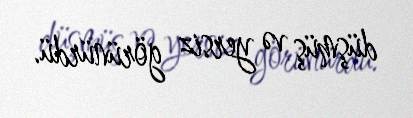
düşmüş və yersiz görünürdü.